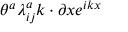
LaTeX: \theta ^ { a } \lambda _ { i j } ^ { a } k \cdot \partial x e ^ { i k x }